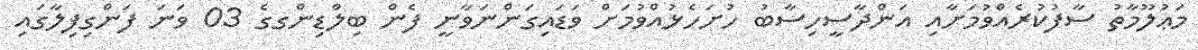
މަޢުލޫމާތު ސާފުކުރެއްވުމަށާއި އަންދާސީހިސާބު ހުށަހެޅުއްވުމަށް ވަޑައިގަންނަވާނީ ފެން ބިލްޑިންގގެ 03 ވަނަ ފަންގިފިލާގައި